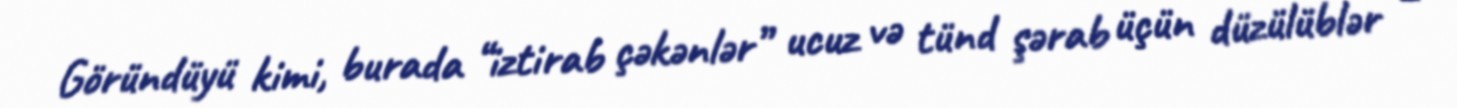
Göründüyü kimi, burada “iztirab çəkənlər” ucuz və tünd şərab üçün düzülüblər –